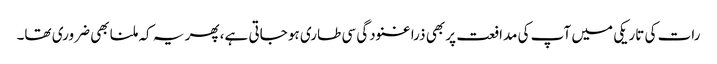
رات کی تاریکی میں آپ کی مدافعت پر بھی ذرا غنودگی سی طاری ہو جاتی ہے، پھر یہ کہ ملنا بھی ضروری تھا۔